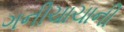
ગનીચાચાની